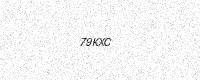
Text: 79KXC